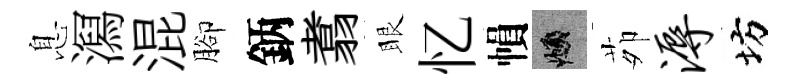
息㵼混腳鈵翥眼忆𢄙頫茆溽坊